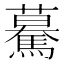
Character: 驀